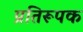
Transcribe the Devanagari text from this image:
प्रतिरूपक